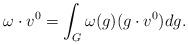
LaTeX: \begin{align*}\omega \cdot v^0 =\int_{G} \omega(g) (g \cdot v^0)dg.\end{align*}